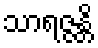
သာရဇ္ဇန္တိ